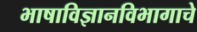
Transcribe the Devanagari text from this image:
भाषाविज्ञानविभागाचे